Lunatic asylums United Provinces 1909-1921 - 1909-1921
Year: 1909
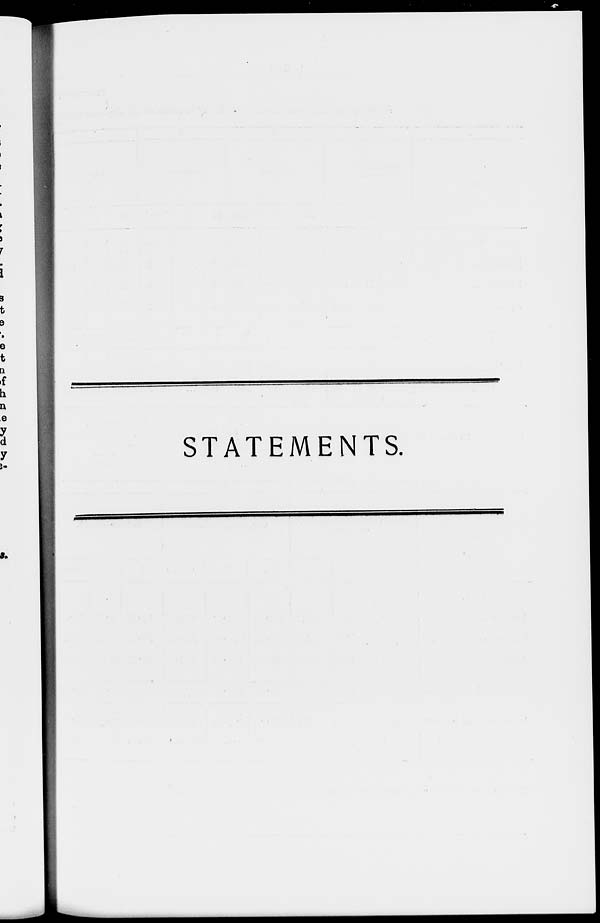
STATEMENTS.